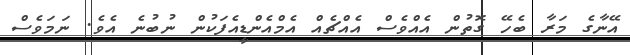
އޭނާގެ މަރާ ބެހޭ ގޮތުން އެއްވެސް އެއްޗެއް އެމްއެންޑީއެފަކުން ނުބުނެ އެވެ. ނަމަވެސް